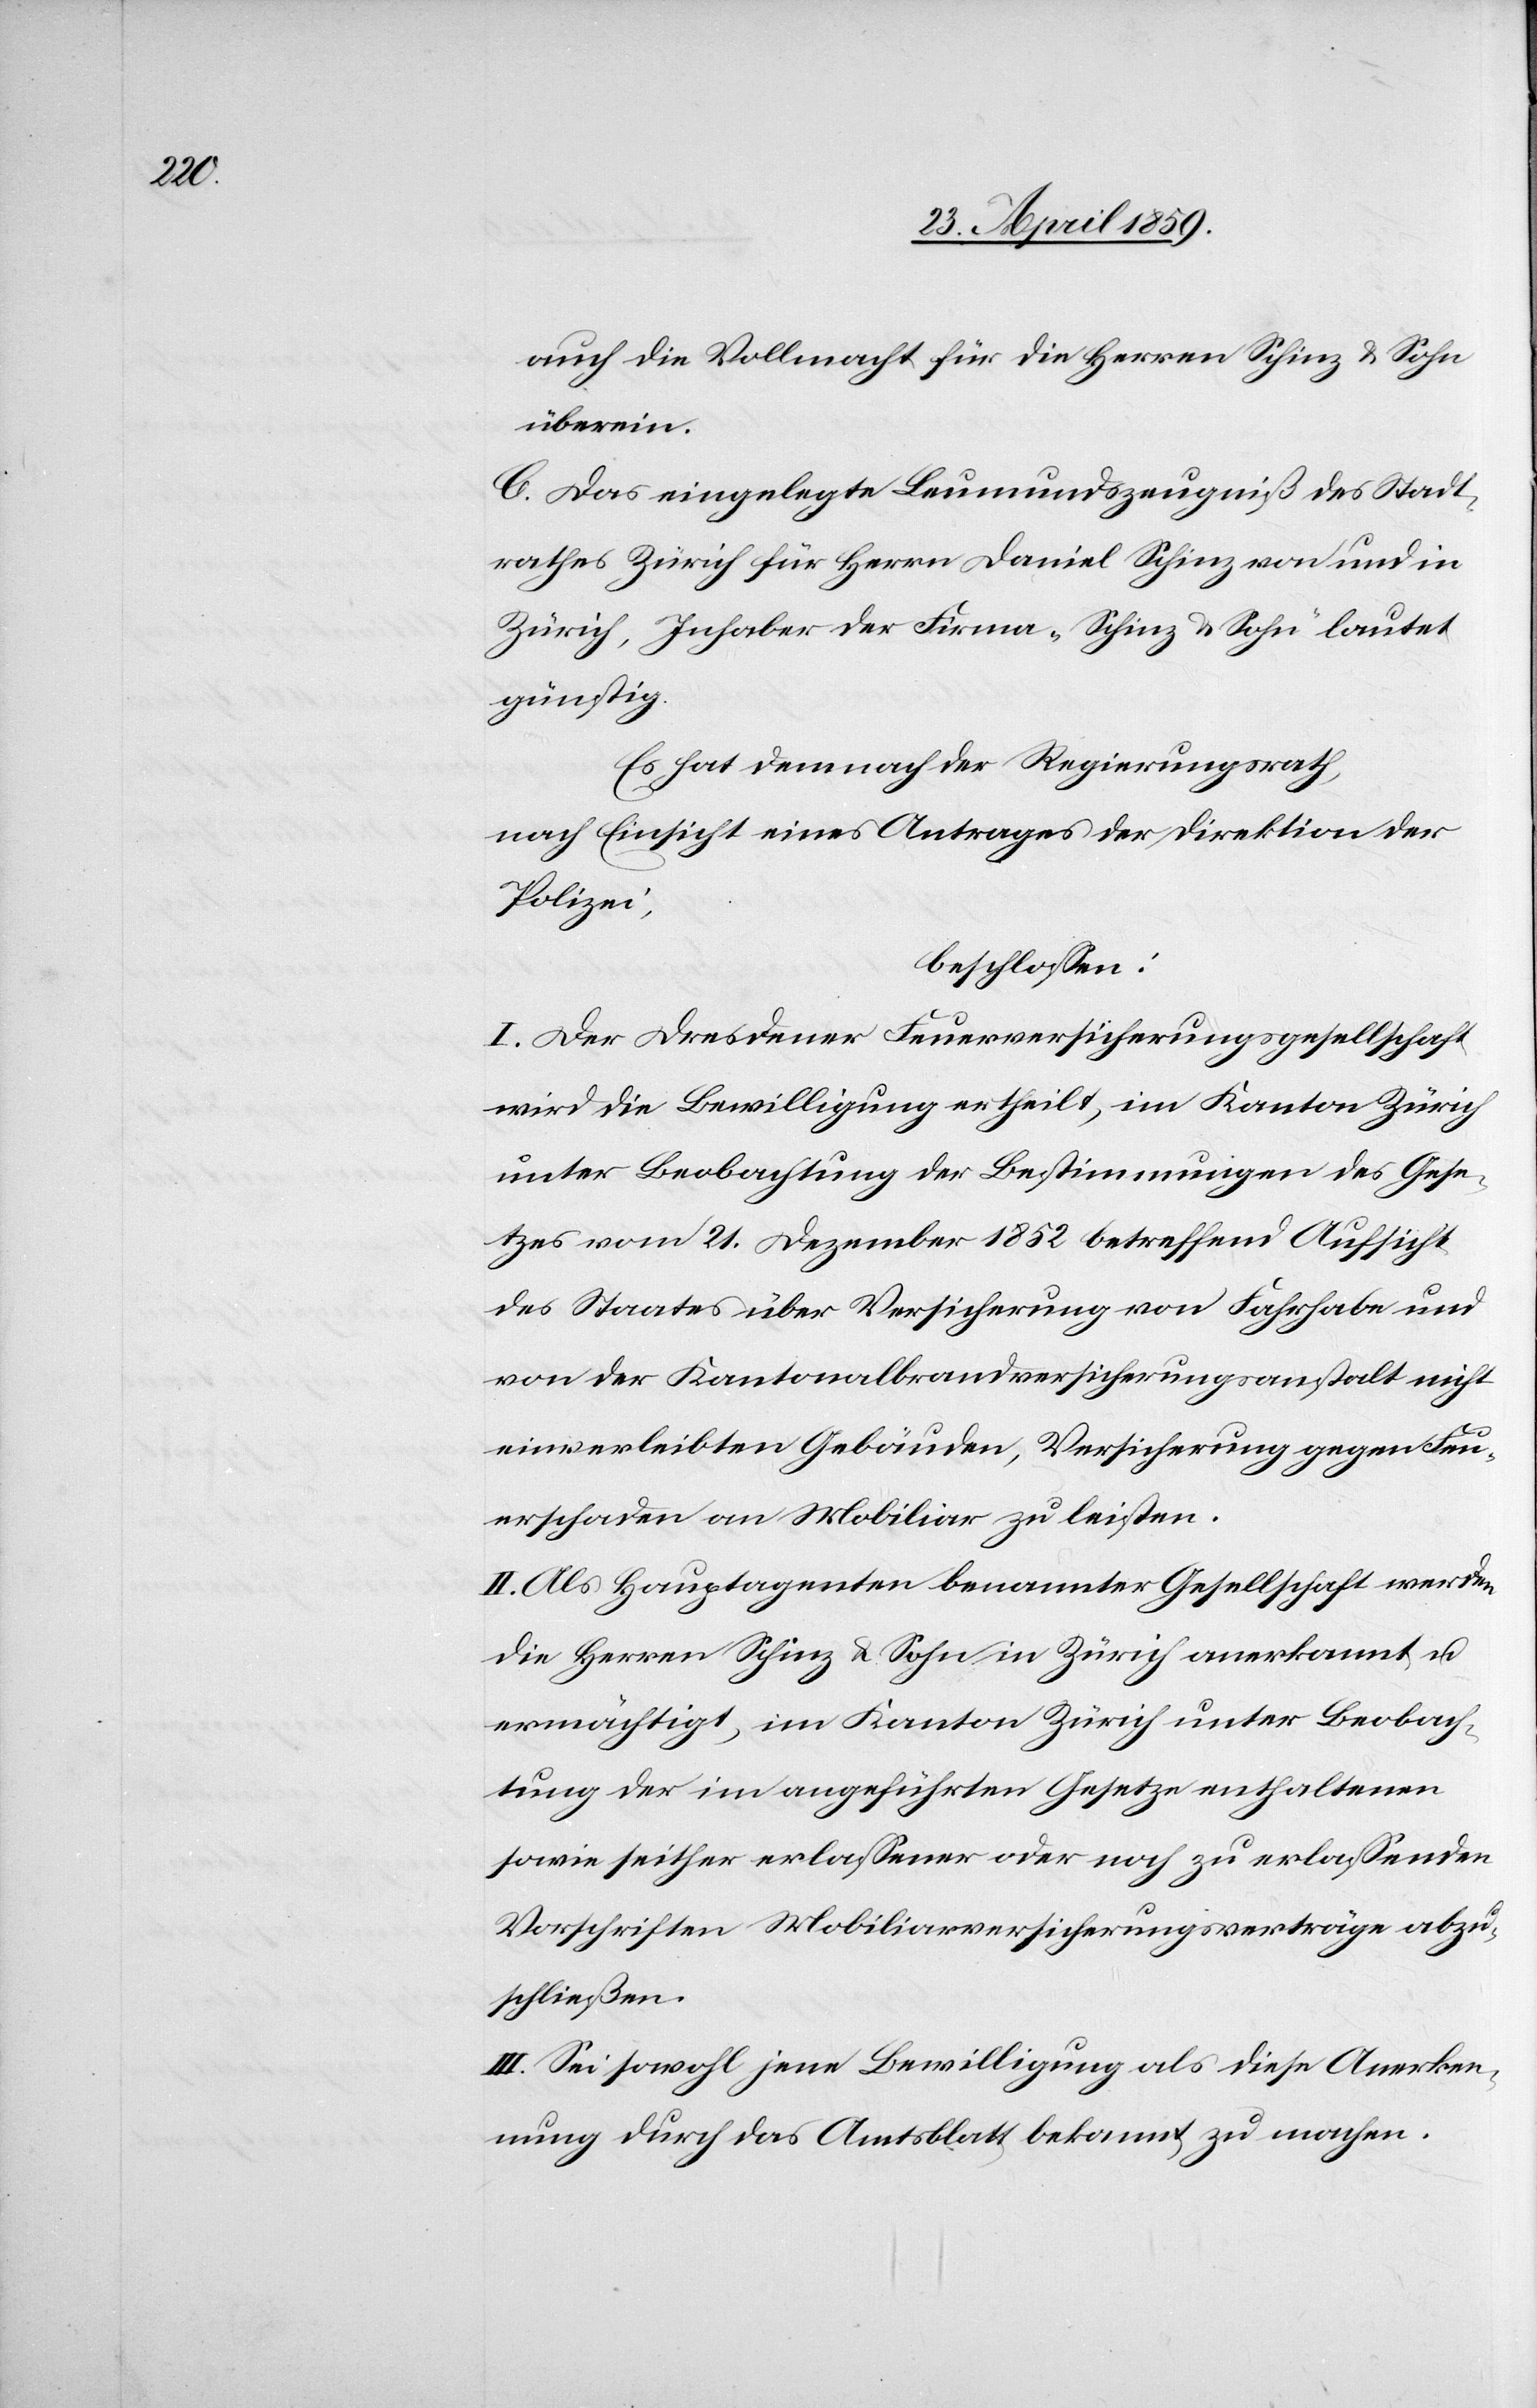
auch die Vollmacht für die Herren Schinz & Sohn
überein.
C. Das eingelegte Leumundszeugniß des Stadt¬
rathes Zürich für Herrn Daniel Schinz von und in
Zürich, Inhaber der Firma „Schinz u. Sohn“ lautet
günstig.
Es hat demnach der Regierungsrath,
nach Einsicht eines Antrages der Direktion der
Polizei,
beschloßen:
I. Der Dresdener Feuerversicherungsgesellschaft
wird die Bewilligung ertheilt, im Kanton Zürich
unter Beobachtung der Bestimmungen des Gese¬
tzes vom 21. Dezember 1852 betreffend Aufsicht
des Staates über Versicherung von Fahrhabe und
von der Kantonalbrandversicherungsanstalt nicht
einverleibten Gebäuden, Versicherung gegen Feu¬
erschaden an Mobiliar zu leisten.
II. Als Hauptagenten benannter Gesellschaft werden
die Herren Schinz & Sohn in Zürich anerkannt u.
ermächtigt, im Kanton Zürich unter Beobach¬
tung der im angeführten Gesetze enthaltenen
sowie seither erlaßener oder noch zu erlaßenden
Vorschriften Mobiliarversicherungsverträge abzu¬
schließen.
III. Sei sowohl jene Bewilligung als diese Anerken¬
nung durch das Amtsblatt bekannt zu machen.